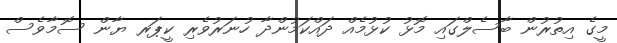
މީގެ އިތުރުން ބާސެލްގައި މޮޅު ކުޅުމެއް ދައްކަމުންދާ ހުނަރުވެރި ކީޕަރ ޔާން ސޮމާވެސް